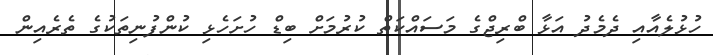
ހުޅުލެއާއި ދެމެދު އަޅާ ބްރިޖްގެ މަސައްކަތް ކުރުމަށް ބިޑް ހުށަހެޅި ކުންފުނިތަކުގެ ތެރެއިން